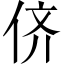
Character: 侪